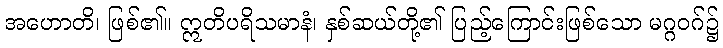
အဟောတိ၊ ဖြစ်၏။ ဣတိပရိသမာနံ၊ နှစ်ဆယ်တို့၏ ပြည့်ကြောင်းဖြစ်သော မဂ္ဂဝဂ်၌